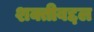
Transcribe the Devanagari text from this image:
शक्तीबद्दल